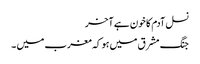
نسل آدم کا خون ہے آخر
جنگ مشرق میں ہو کہ مغرب میں ۔